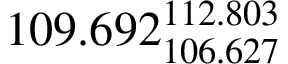
1 0 9 . 6 9 2 _ { 1 0 6 . 6 2 7 } ^ { 1 1 2 . 8 0 3 }